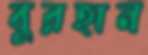
বুরহান